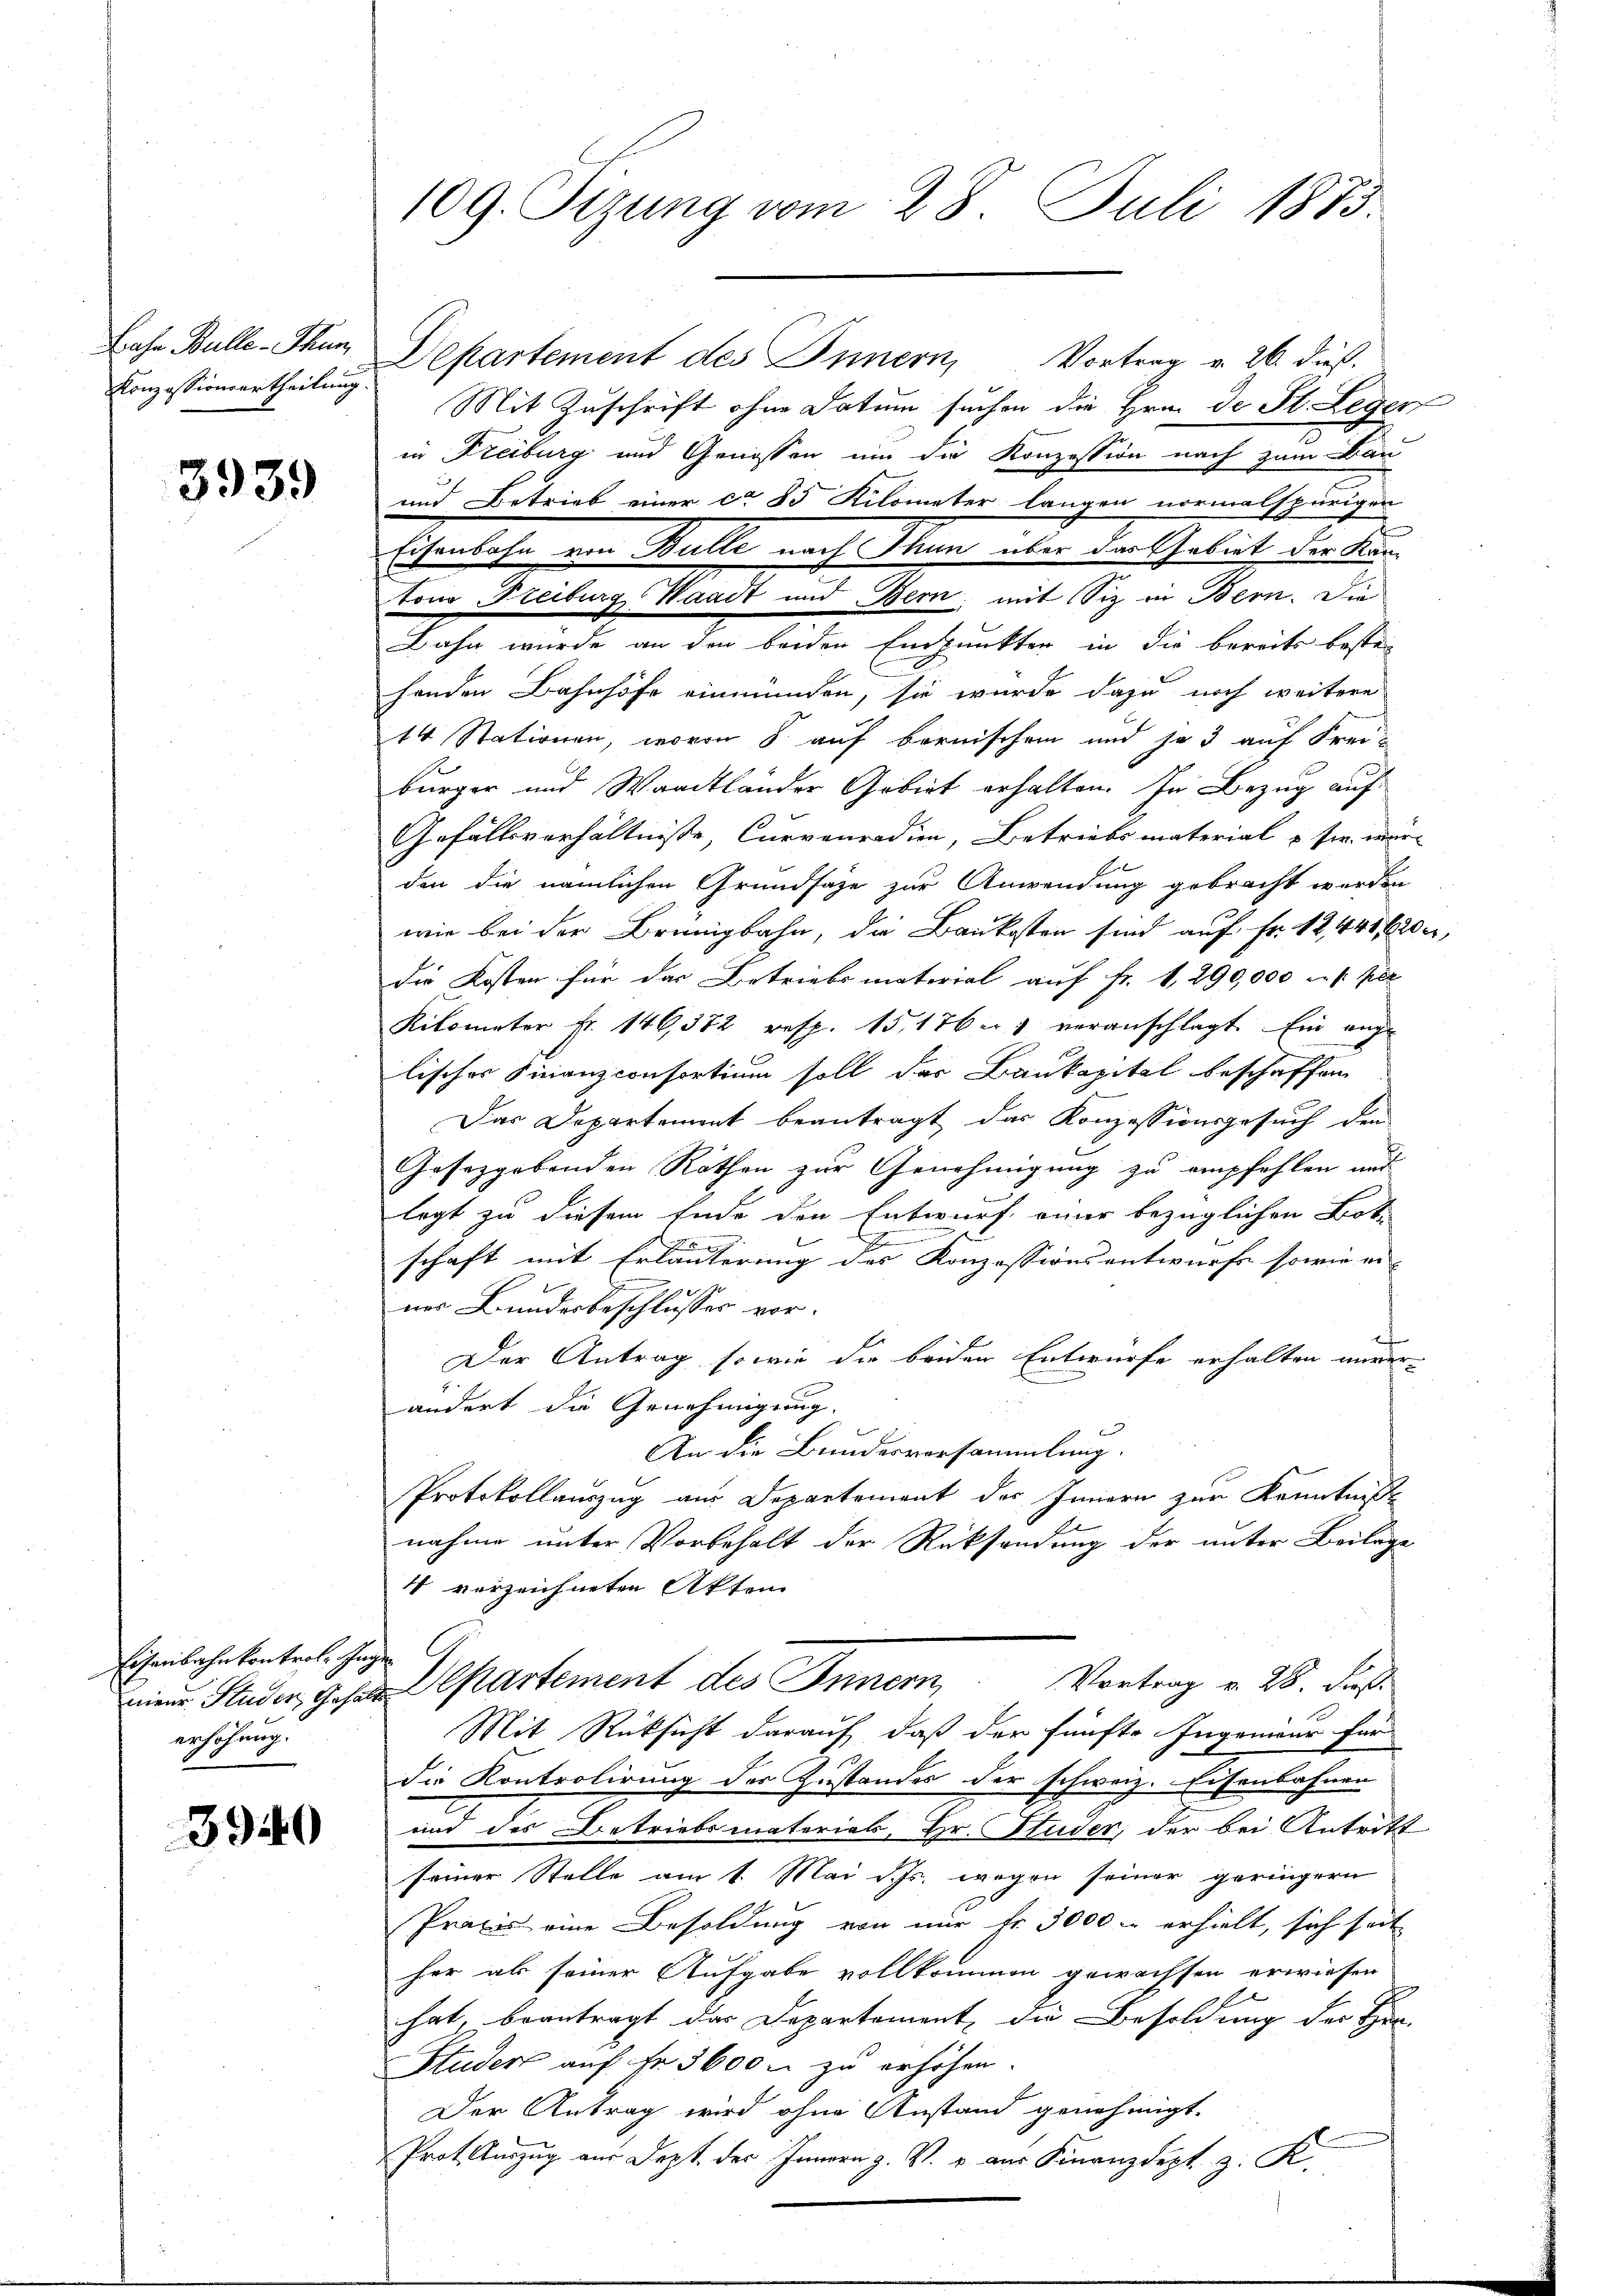
Konzessionsertheilung

3939

Eisenbahnkontrol. Inge
erhöhung.

3940

109. Sizung vom 28. Juli 1873.

Lahn Bulle-Thun Departement des Innern, Vortrag v. 26. dieß.
Mit Zuschrift ohne Datum suchen die Hrn. De St. Leger
in Freiburg und Genossen um die Konzession nach zum Ban
und Betrieb einer ca 85 Kilometer langen normalspurigen
Eisenbahn ein Bulle nach Thun über der Gebiet der Kantono Freiburg Waadt und Bern, mit Siz in Bern. Die
Bahn würde an den beiden Einpunkten in die bereits beste-
henden Bahnhöfe einmünden, sie wurde dazu noch weitere
14 Stationen, wovon 8. auf bernischen und je 3 auf Frei-
bürger und Waadtländer Gebiet erhalten. In Bezug auf
Gefällsverhältnisse, Curvenradien, Betriebs material - sie wür
den die nämlichen Grundsaze zur Anwendung gebracht werden
wie bei der Brünigbahn, die Baukosten sind auf Fr. 12,448 f 20 x
die Kosten für das Betriebsmaterial auf Fr. 1290,000 c. fr. per
Kilometer Fr. 146,372 resp. 15, 176 er veranschlagt. Ein ange
lisches Finanzconsortium soll der Baukapital beschaffen
Das Departement beantragt das Konzessionsgesuch den
Gesetzgebenden Rathen zur Genehmigung zu empfehlen und
legt zu diesem Ende den Entwurf einer bezüglichen Bot

schaft mit Erläuterung des Konzessionsentwurfe sowie er
.

nes Bundesbeschlusses vor.
Der Antrag, sowie die beiden Entwurfe erhalten unver-
ändert die Genehmigung.
Bund
An die Bundesversammlung.
Protokollauszug aus Departement des Innern zur Kenntniß
nahme unter Vorbehalt der Rücksendung der unter Beilage
4 verzeichneten Akten
nien Studer, gespartement des Innern, Vortrag v. 28. dieß
Mit Rücksicht darauf, daß der fünfte Ingenieur für
die Kontrolirung der Zustandes der schweiz. Eisenbahnen
und des Betriebsmatorials, Hr. Studer, der bei Antritt
seiner Stelle am 1. Mai d. Js. wegen seiner geringern
Praxis eine Besoldung von mir fr. 3000 erhielt, sich seit
her als seiner Aufgabe vollkommen gewachsen erwiesen
s
hat, beantragt das Departement, die Besoldung der Her-
Studert auf Fr. 3600 u. zu erhöhen.
Der Antrag wird ohne Anstand genehmigt.
Prot. Auszug aus Dept. des Innern z. V. u. aus Finanzdept. z. K.

e

e